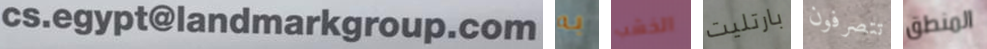
cs.egypt@landmarkgroup.com به الخشب بارتليت تتصرفون المنطق